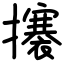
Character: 攐